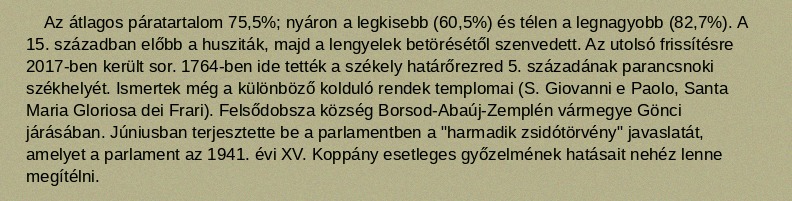
Az átlagos páratartalom 75,5%; nyáron a legkisebb (60,5%) és télen a legnagyobb (82,7%). A 15. században előbb a husziták, majd a lengyelek betörésétől szenvedett. Az utolsó frissítésre 2017-ben került sor. 1764-ben ide tették a székely határőrezred 5. századának parancsnoki székhelyét. Ismertek még a különböző kolduló rendek templomai (S. Giovanni e Paolo, Santa Maria Gloriosa dei Frari). Felsődobsza község Borsod-Abaúj-Zemplén vármegye Gönci járásában. Júniusban terjesztette be a parlamentben a "harmadik zsidótörvény" javaslatát, amelyet a parlament az 1941. évi XV. Koppány esetleges győzelmének hatásait nehéz lenne megítélni.